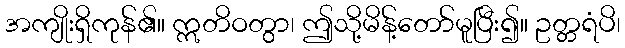
အကျိုးရှိကုန်၏။ ဣတိဝတွာ၊ ဤသို့မိန့်တော်မူပြီး၍။ ဥတ္တရံပိ၊